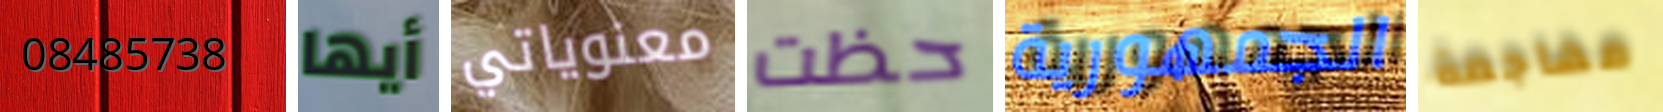
08485738 أيها معنوياتي حظت الجمهورية مهاجمة